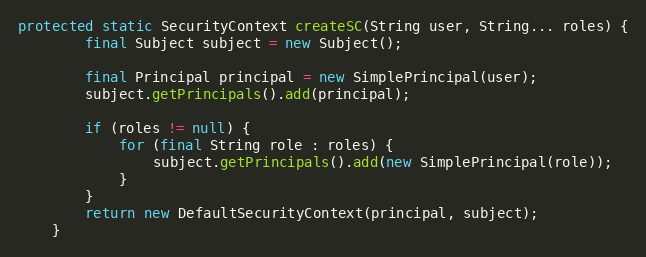
Language: Java
protected static SecurityContext createSC(String user, String... roles) {
        final Subject subject = new Subject();

        final Principal principal = new SimplePrincipal(user);
        subject.getPrincipals().add(principal);

        if (roles != null) {
            for (final String role : roles) {
                subject.getPrincipals().add(new SimplePrincipal(role));
            }
        }
        return new DefaultSecurityContext(principal, subject);
    }